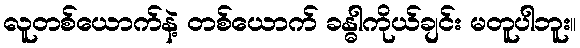
လူတစ်ယောက်နဲ့ တစ်ယောက် ခန္ဓါကိုယ်ချင်း မတူပါဘူး။